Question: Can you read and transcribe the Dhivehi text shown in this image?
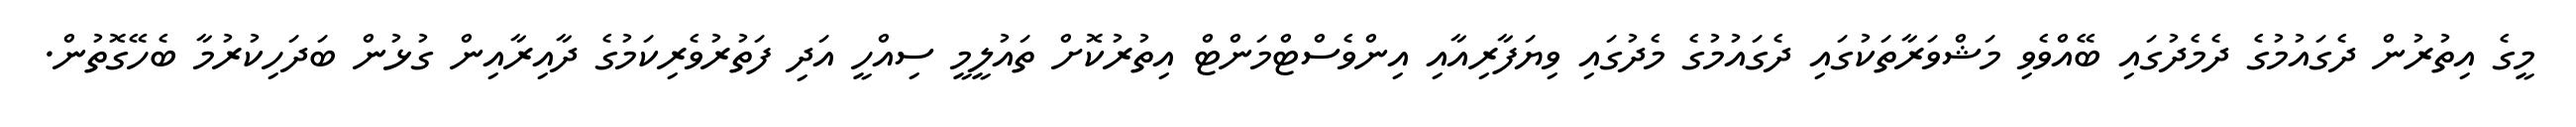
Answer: މީގެ އިތުރުން ދެގައުމުގެ ދެމެދުގައި ބޭއްވެވި މަޝްވަރާތަކުގައި ދެގައުމުގެ މެދުގައި ވިޔަފާރިއާއި އިންވެސްޓްމަންޓް އިތުރުކޮށް ތައުލީމީ ސިއްހީ އަދި ފަތުރުވެރިކަމުގެ ދާއިރާއިން ގުޅުން ބަދަހިކުރުމާ ބެހޭގޮތުން.